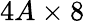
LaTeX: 4A\times 8